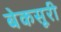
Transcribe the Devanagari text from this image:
बेकसूरी